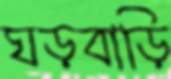
ঘড়বাড়ি